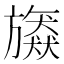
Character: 𣄠